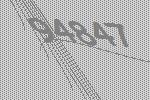
94847